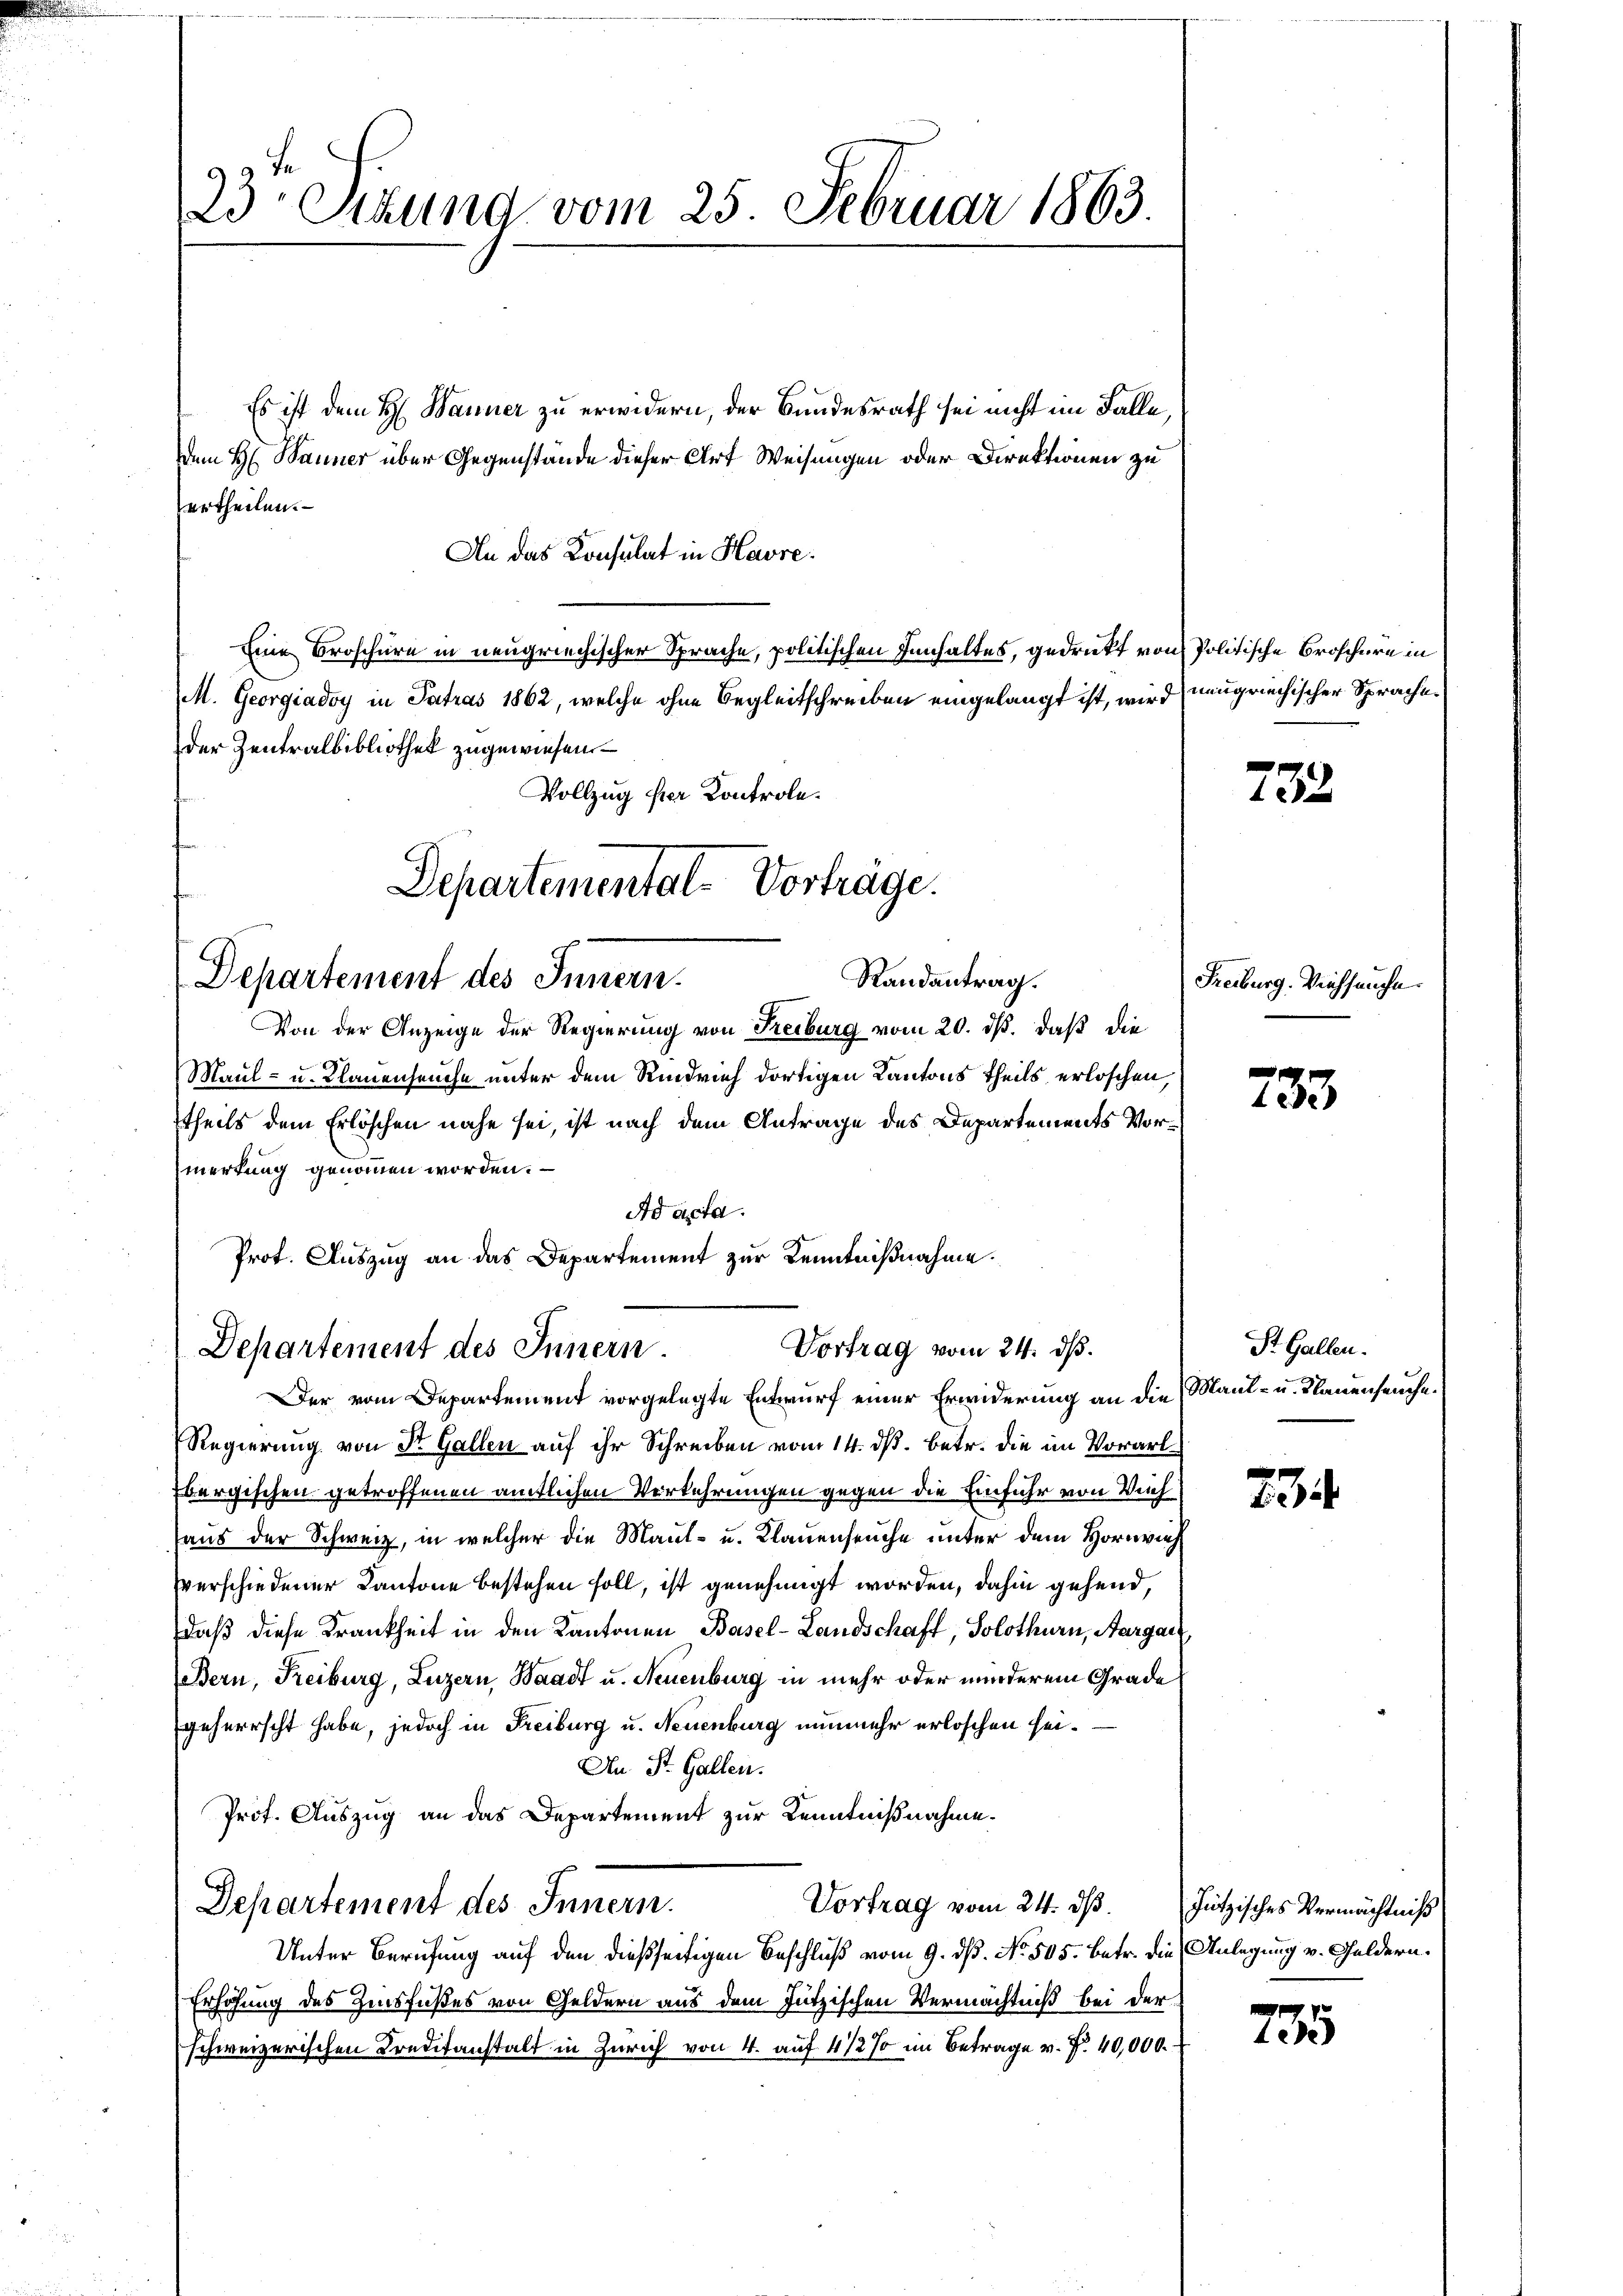
23t. Sizung vom 25. Februar 1863.

Es ist dem H. Banner zu erwidern, der Bundesrath sei nicht im Falle,
dem H. Banner über Gegenstände dieser Art Weisungen oder Direktionen zu
ertheilen.
An das Konsulat in Havre¬
Eine Broschüre in neugriechischer Sprache, politischen Innhaltes, gedruckt von Politische Broschüre in
M. Georgiadoy in Satras 1862, welche ohne Begleitschreiben eingelangt ist, wird neugriechischer Sprachen
der Zentralbibliothek zugewiesen –
Vollzug der Kontrole.

Departemental-Vorträge.
Departement des Innern.
Randantrag.

Von der Anzeige der Regierung von Freiburg vom 20. dß. daß die
Maul- u. Klauenseuche unter dem Rindvieh dortigen Kantons Theils erloschen,
theils dem Erlöschen nahe sei, ist nach dem Antrage des Departements Vormerkung genommen worden.
Ad acta.
Prot. Auszug an das Departement zur Kenntnißnahme.

Vortrag vom 24. ds.
Departement des Innern.

Der vom Departement vorgelegte Entwurf einer Erwiderung an die Maul- u. Klauenseuche.
Regierung von St. Gallen auf ihr Schreiben vom 14. dß. betr. die im Vorarl
Ebergischen getroffenen amtlichen Verkehrungen gegen die Einfuhr von Vieh
haus der Schweiz, in welcher die Maul- u. Klauenseuche unter dem Hornvieh
verschiedener Kantone bestehen soll, ist genehmigt worden, dahin gehend,
daß diese Krankheit in den Kantonen Basel-Landschaft, Solothurn, Aargau
(Bern, Freiburg, Luzern, Waadt u. Neuenburg in mehr oder minderem Grade
geherrscht habe, jedoch in Freiburg u. Neuenburg nunmehr erloschen sei.
An St. Gallen.
Prot. Auszug an das Departement zur Kenntnißnahme.
Vortrag vom 24. dß.Jutzisches Vermächtniß
Departement des Innern.
Unter Berufung auf den dießseitigen Beschluß vom 9. dß. No. 505. Betr. die Anlegung v. Guldern.
Erhöhung des Zinsfußes von Geldern aus dem Jutzischen Vermächtniß bei der
schweizerischen Kreditanstalt in Zürich von 4. auf 4 1/2 % im Betrage v. P. 40,000.

732

Freiburg. Viehseuche.

733

St. Gallen.

73

735